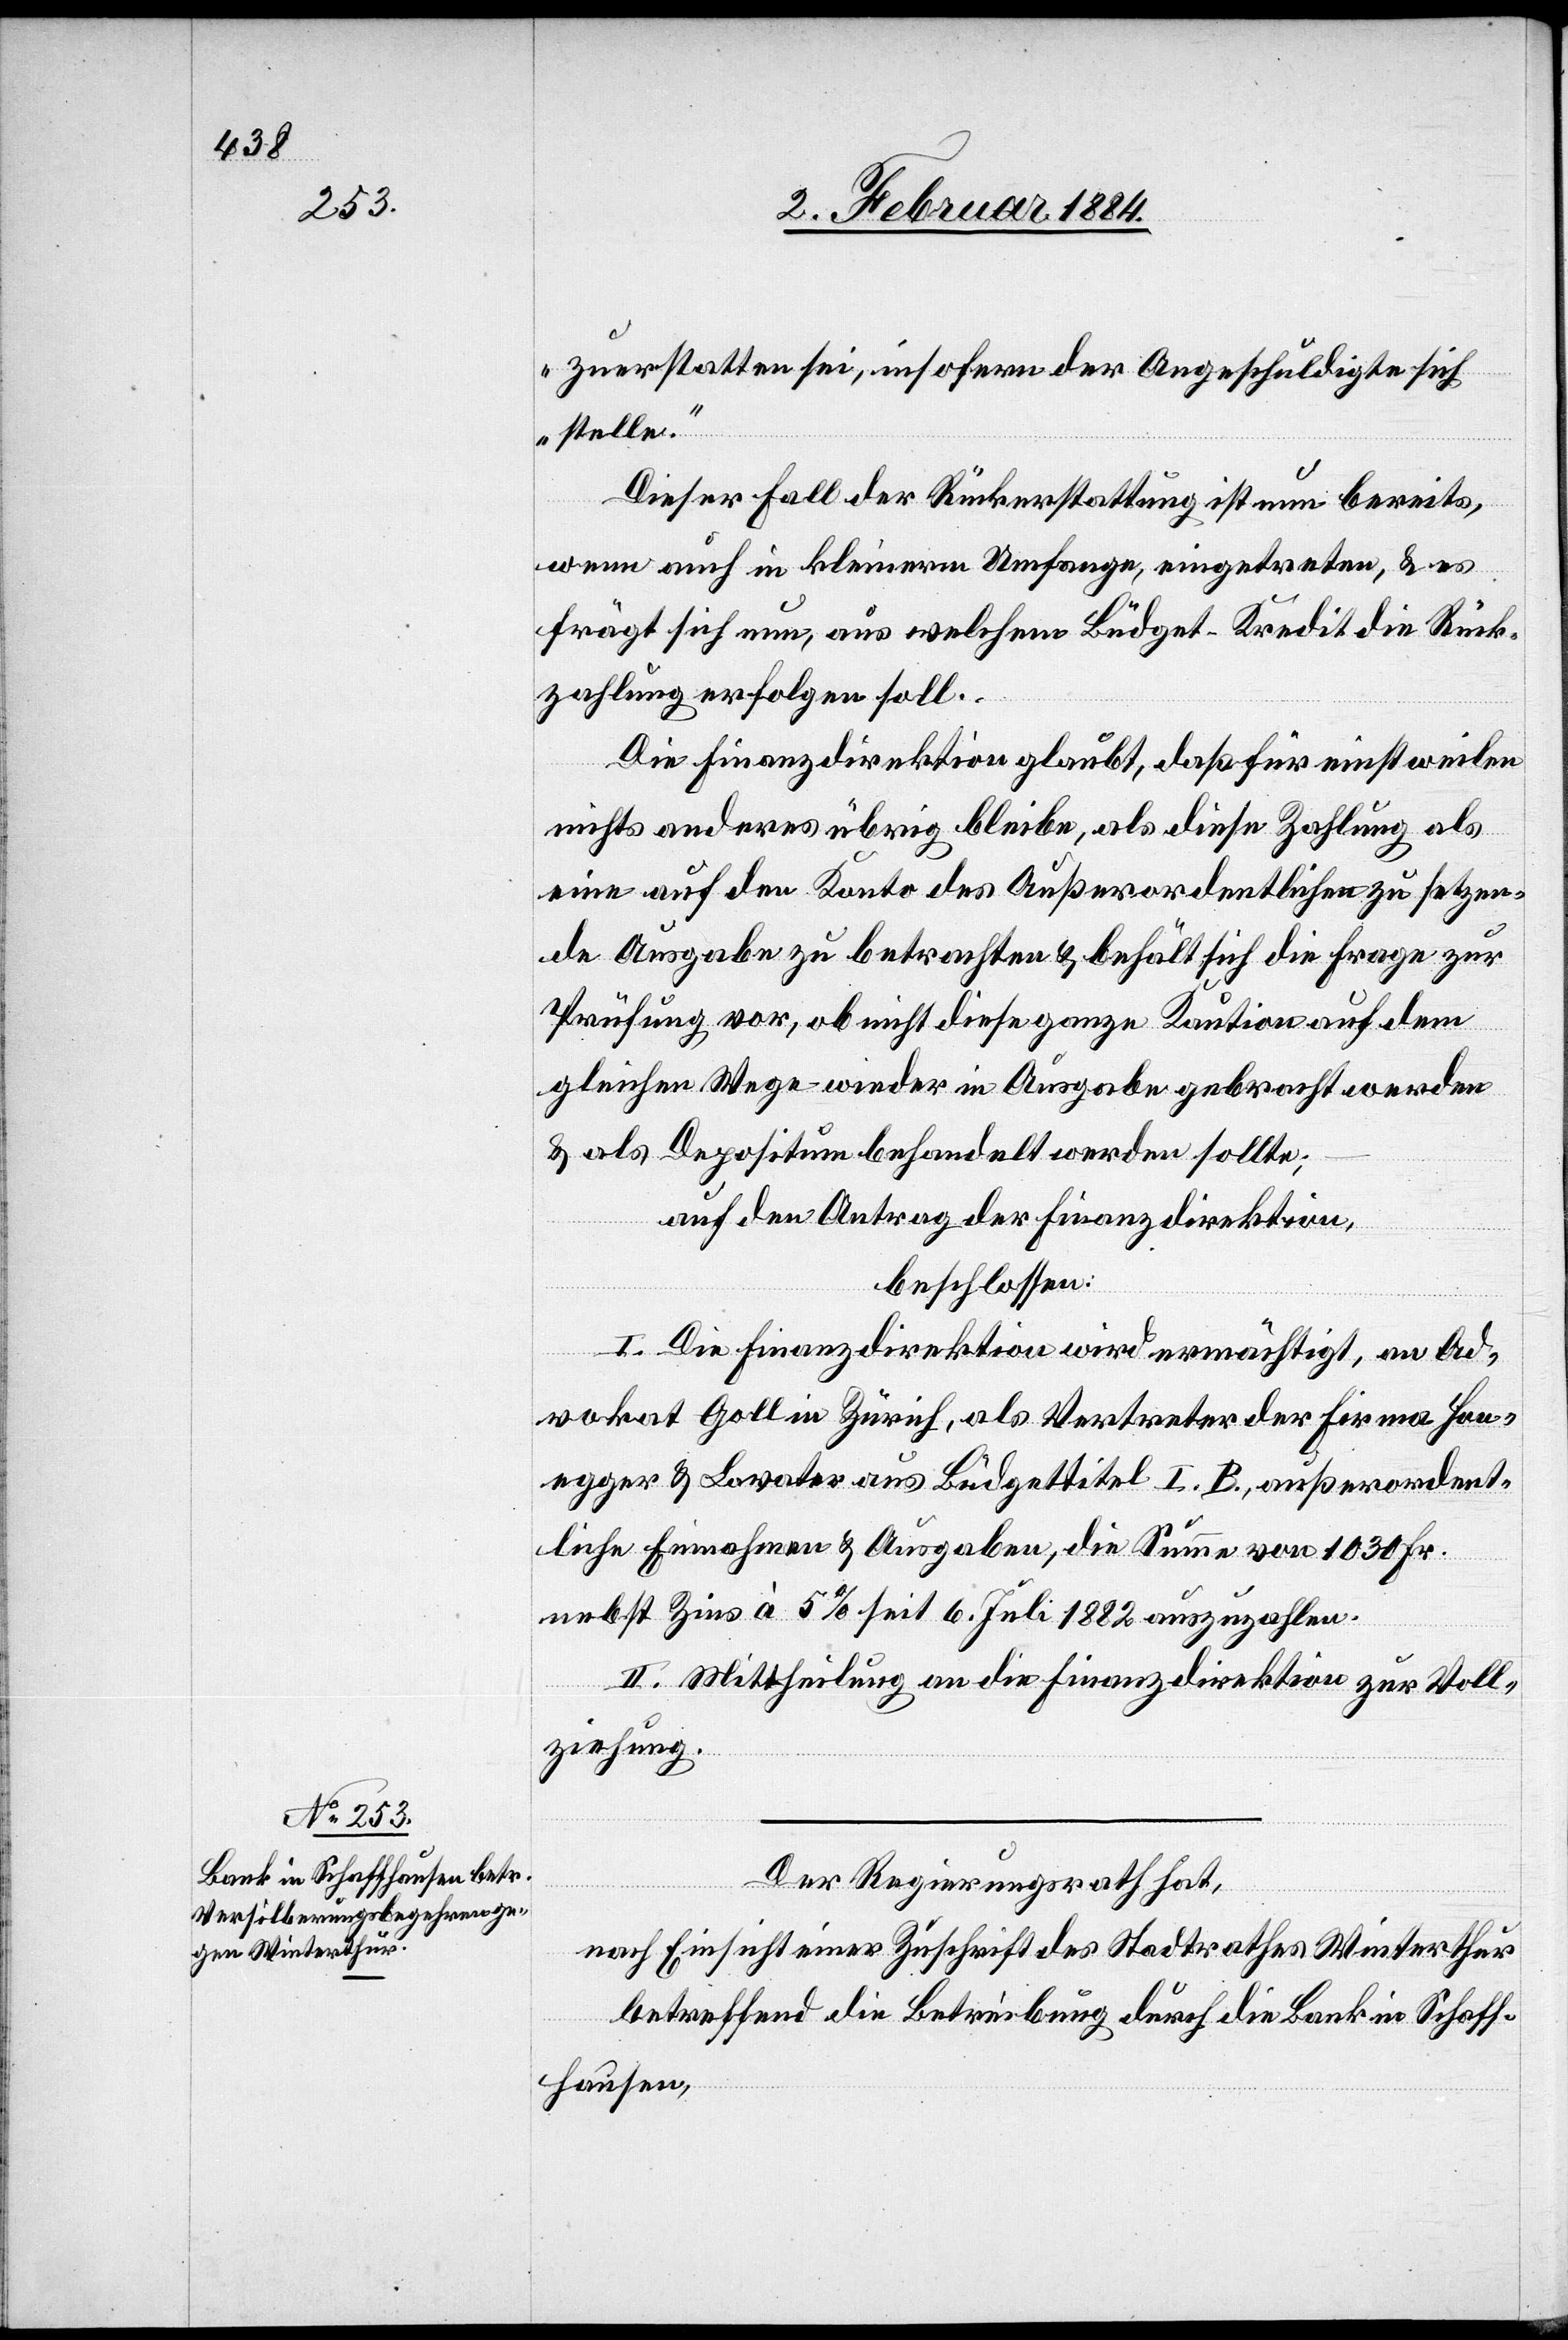
Der Regierungsrath hat,
nach Einsicht einer Zuschrift des Stadtrathes Winterthur
betreffend die Betreibung durch die Bank in Schaff¬
hausen,